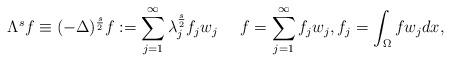
LaTeX: \begin{align*}\Lambda^{s}f\equiv (-\Delta)^{\frac{s}{2}} f:=\sum_{j=1}^\infty\lambda_j^{\frac{s}{2}} f_j w_j\quad~f=\sum_{j=1}^\infty f_jw_j,f_j=\int_{\Omega} fw_jdx,\end{align*}